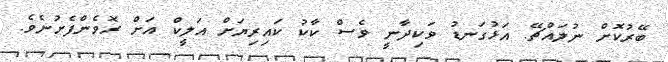
ބޭރުކޮށް ނުލައްޗޭ. އަޅުގަނޑު ވަކިދާނީ ވެސް ކާކު ކައިރިޔަށް އަލީކް އަށް ރޮވެންފެށުނެވެ.